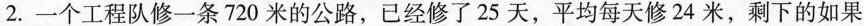
2.一个工程队修一条720米的公路，已经修了25天，平均每天修24米，剩下的如果